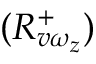
( R _ { v \omega _ { z } } ^ { + } )